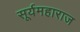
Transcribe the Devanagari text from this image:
सूर्यमहाराज